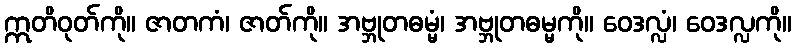
ဣတိဝုတ်ကို။ ဇာတကံ၊ ဇာတ်ကို။ အဗ္ဘုတဓမ္မံ၊ အဗ္ဘုတဓမ္မကို။ ဝေဒလ္လံ၊ ဝေဒလ္လကို။